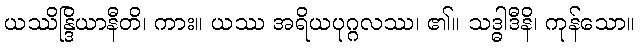
ယဿိန္ဒြိယာနီတိ၊ ကား။ ယဿ အရိယပုဂ္ဂလဿ၊ ၏။ သဒ္ဓါဒီနိ၊ ကုန်သော။